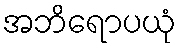
အဘိရောပယုံ